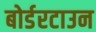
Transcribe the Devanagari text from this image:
बोर्डरटाउन